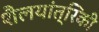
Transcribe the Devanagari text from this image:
शैलयांत्रिकी